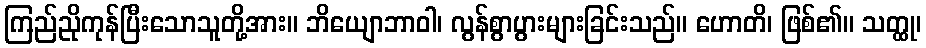
ကြည်ညိုကုန်ပြီးသောသူတို့အား။ ဘိယျောဘာဝါ၊ လွန်စွာပွားများခြင်းသည်။ ဟောတိ၊ ဖြစ်၏။ သတ္ထု၊